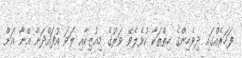
ފަހަރެއްގައި ދިވެހިންގެ ހިތްތަކާ ކުޅެލެވޭ ވަރުގެ މިއުޒިކާއި ލަވަ އުފައްދަން އޭނާ އަށް